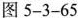
图5-3-65